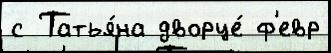
с Татья́на дворце́ ф'евр